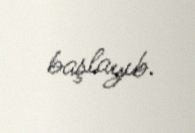
başlayıb.